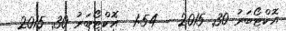
އޮކްޓޯބަރު 30